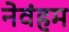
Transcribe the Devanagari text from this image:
नेवंहम